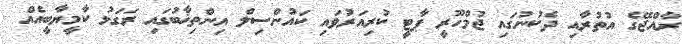
ރާއްޖޭގެ އުތުރާއި ދެކުނުގައި ޖުމްހޫރީ ޕާޓީ ކުރިއަރުވައި ކައުންސިލް އިންތިޚާބުގައި ރަގަޅު ކާމީޔާބީއެއް